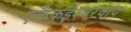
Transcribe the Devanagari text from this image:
एकैकईश्‍वरवाद